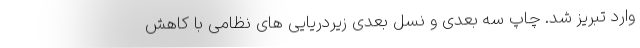
وارد تبریز شد. چاپ سه بعدی و نسل بعدی زیردریایی های نظامی با کاهش